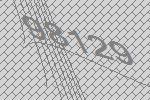
98129